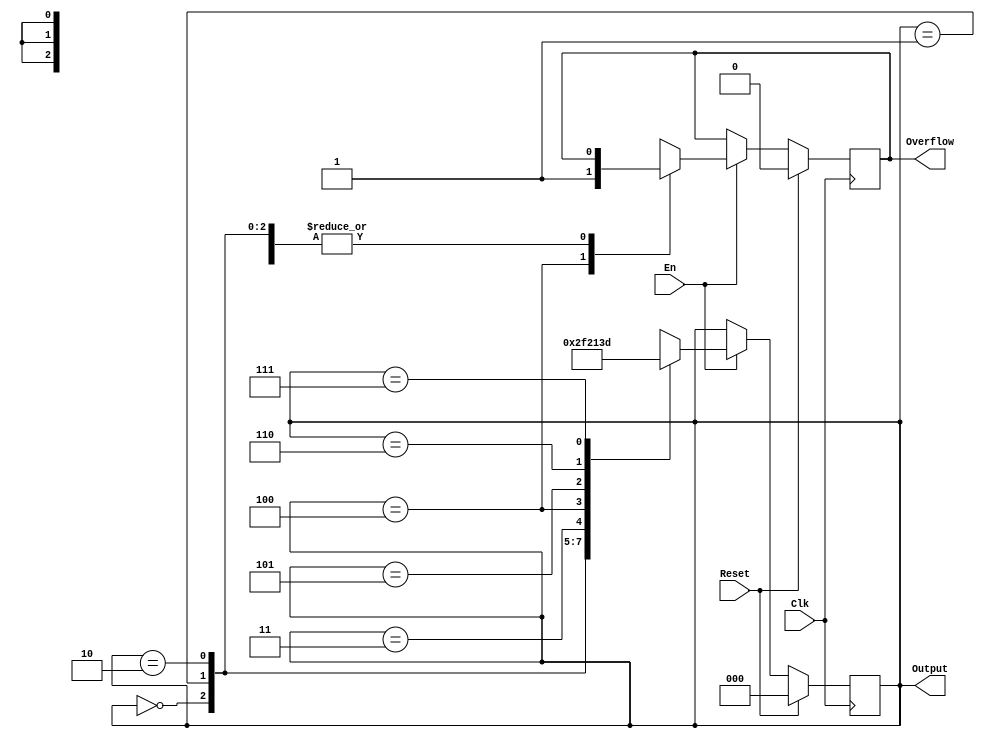
`timescale 1ns / 1ps
//////////////////////////////////////////////////////////////////////////////////
// Company: 
// Engineer: 
// 
// Design Name: 
// Module Name:    gray 
// Project Name: 
// Target Devices: 
// Tool versions: 
// Description: 
//
// Dependencies: 
//
// Revision: 
// Revision 0.01 - File Created
// Additional Comments: 
//
//////////////////////////////////////////////////////////////////////////////////
module gray(
	input Clk,
	input Reset,
	input En,
	output [2:0] Output,
	output reg Overflow 
    );
	 reg [2:0] status;
	 initial begin
		status=0;
		Overflow=0;
	 end
	 assign Output=status;
	always@(posedge Clk)begin
		if(Reset)begin
			status=0;
			Overflow=0;
		end
		else begin
			if(En)begin
				case(status)
					0:begin status=1; end
					1:begin status=3; end
					2:begin status=6; end
					3:begin status=2; end
					4:begin status=0; Overflow=1; end
					5:begin status=4; end
					6:begin status=7; end
					7:begin status=5; end
				endcase
			end
		end
	end
	
endmodule